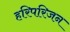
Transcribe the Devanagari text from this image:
हरिपरिजन